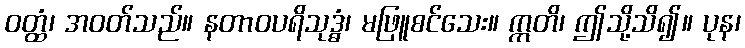
ဝတ္ထံ၊ အဝတ်သည်။ နတာဝပရိသုဒ္ဓံ၊ မဖြူစင်သေး။ ဣတိ၊ ဤသို့သိ၍။ ပုန၊